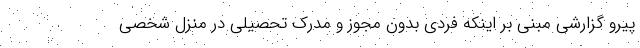
پیرو گزارشی مبنی بر اینکه فردی بدون مجوز و مدرک تحصیلی در منزل شخصی